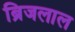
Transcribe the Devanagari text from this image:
ब्रिजलाल